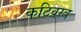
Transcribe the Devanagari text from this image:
कटिवस्त्र